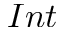
I n t